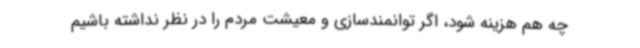
چه هم هزینه شود، اگر توانمندسازی و معیشت مردم را در نظر نداشته باشیم